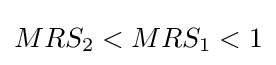
MRS_{2}<MRS_{1}<1